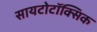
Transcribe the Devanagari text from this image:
सायटोटॉक्सिक